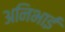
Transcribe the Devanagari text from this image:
अनिभाई